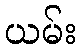
ယမ်း